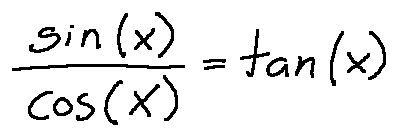
\frac { \sin ( x ) } { \cos ( x ) } = \tan ( x )